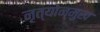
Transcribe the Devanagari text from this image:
नृत्योन्मुख